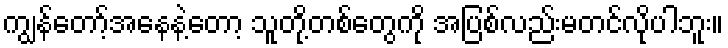
ကျွန်တော့်အနေနဲ့တော့ သူတို့တစ်တွေကို အပြစ်လည်းမတင်လိုပါဘူး။